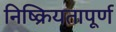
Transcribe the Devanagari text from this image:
निष्क्रियतापूर्ण